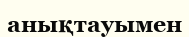
анықтауымен